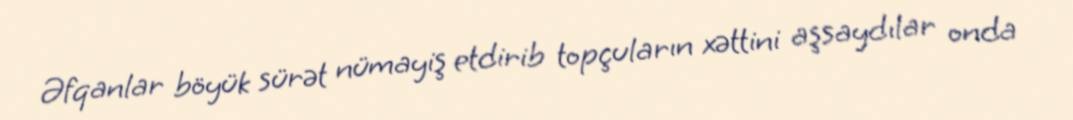
Əfqanlar böyük sürət nümayiş etdirib topçuların xəttini aşsaydılar onda